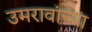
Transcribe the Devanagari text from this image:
उमरावांच्या